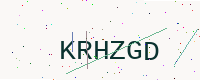
Text: KRHZGD